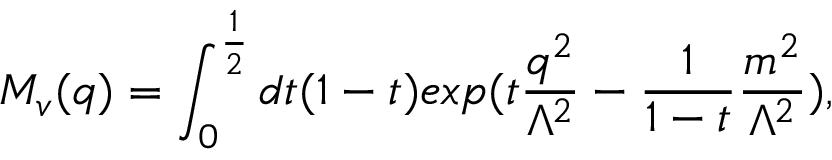
M _ { v } ( q ) = \int _ { 0 } ^ { \frac { 1 } { 2 } } d t ( 1 - t ) e x p ( t \frac { q ^ { 2 } } { \Lambda ^ { 2 } } - \frac { 1 } { 1 - t } \frac { m ^ { 2 } } { \Lambda ^ { 2 } } ) ,